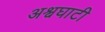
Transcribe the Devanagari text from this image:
अश्वघाटी